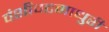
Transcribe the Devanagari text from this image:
वंशीवटमाधुरी